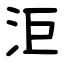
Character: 洰